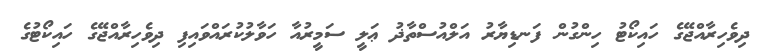
ދިވެހިރާއްޖޭގެ ހައިކޯޓު ހިންގުން ފަނޑިޔާރު އަލްއުސްތާޛު ޢަލީ ސަމީރުއާ ހަވާލުކުރައްވައިފި ދިވެހިރާއްޖޭގެ ހައިކޯޓުގެ